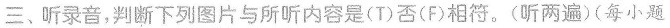
三、听录音，判断下列图片与所听内容是(T)否(F)相符。(听两遍)(每小题